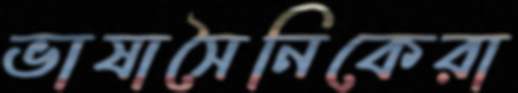
ভাষাসৈনিকেরা